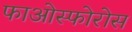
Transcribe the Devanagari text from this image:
फाओस्फोरोस